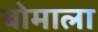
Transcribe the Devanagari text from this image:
बोमाला